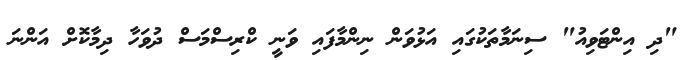
"ދި އިންޓަވިއު" ސިނަމާތަކުގައި އަޅުވަން ނިންމާފައި ވަނީ ކްރިސްމަސް ދުވަހާ ދިމާކޮށް އަންނަ